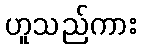
ဟူသည်ကား